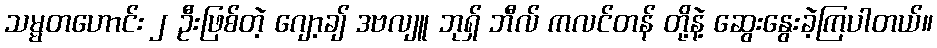
သမ္မတဟောင်း ၂ ဦးဖြစ်တဲ့ ဂျော့ချ် ဒဗလျူ ဘုရှ် ဘီလ် ကလင်တန် တို့နဲ့ ဆွေးနွေးခဲ့ကြပါတယ်။